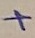
Text: +